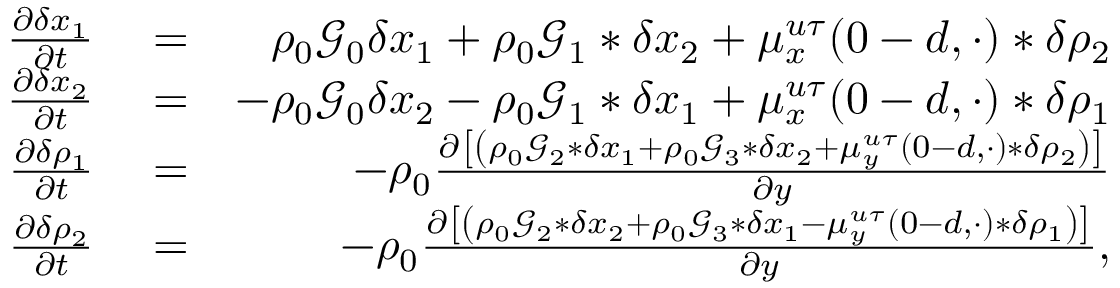
\begin{array} { r l r } { \frac { \partial \delta x _ { 1 } } { \partial t } } & { { } = } & { \rho _ { 0 } \mathcal { G } _ { 0 } \delta x _ { 1 } + \rho _ { 0 } \mathcal { G } _ { 1 } * \delta x _ { 2 } + \mu _ { x } ^ { u \tau } ( 0 - d , \cdot ) * \delta \rho _ { 2 } } \\ { \frac { \partial \delta x _ { 2 } } { \partial t } } & { { } = } & { - \rho _ { 0 } \mathcal { G } _ { 0 } \delta x _ { 2 } - \rho _ { 0 } \mathcal { G } _ { 1 } * \delta x _ { 1 } + \mu _ { x } ^ { u \tau } ( 0 - d , \cdot ) * \delta \rho _ { 1 } } \\ { \frac { \partial \delta \rho _ { 1 } } { \partial t } } & { { } = } & { - \rho _ { 0 } \frac { \partial \left[ \left( \rho _ { 0 } \mathcal { G } _ { 2 } * \delta x _ { 1 } + \rho _ { 0 } \mathcal { G } _ { 3 } * \delta x _ { 2 } + \mu _ { y } ^ { u \tau } ( 0 - d , \cdot ) * \delta \rho _ { 2 } \right) \right] } { \partial y } } \\ { \frac { \partial \delta \rho _ { 2 } } { \partial t } } & { { } = } & { - \rho _ { 0 } \frac { \partial \left[ \left( \rho _ { 0 } \mathcal { G } _ { 2 } * \delta x _ { 2 } + \rho _ { 0 } \mathcal { G } _ { 3 } * \delta x _ { 1 } - \mu _ { y } ^ { u \tau } ( 0 - d , \cdot ) * \delta \rho _ { 1 } \right) \right] } { \partial y } , } \end{array}